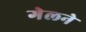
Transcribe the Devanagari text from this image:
गेलने